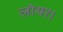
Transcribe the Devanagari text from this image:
लोयर।